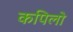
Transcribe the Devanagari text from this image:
कपिलो